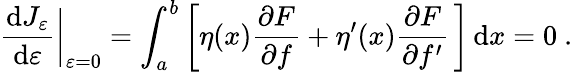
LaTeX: {\frac{\mathrm{d}J_{\varepsilon}}{\mathrm{d}\varepsilon}}{\bigg|}_{\varepsilon=0}=\int_{a}^{b}\left[\eta(x){\frac{\partial F}{\partial f}}+\eta^{\prime}(x){\frac{\partial F}{\partial f^{\prime}}}\, \right]\, \mathrm{d}x=0\ .